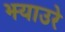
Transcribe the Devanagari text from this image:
झ्याउरे